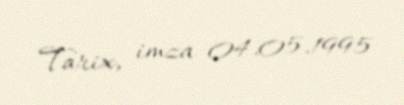
Tarix, imza 04.05.1995